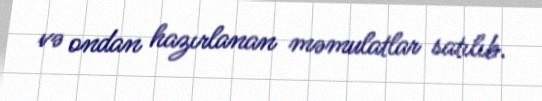
və ondan hazırlanan məmulatlar satılıb.